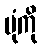
ပုံကို